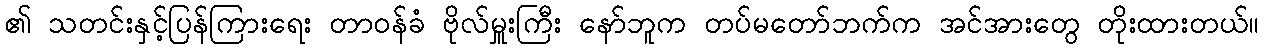
၏ သတင်းနှင့်ပြန်ကြားရေး တာဝန်ခံ ဗိုလ်မှူးကြီး နော်ဘူက တပ်မတော်ဘက်က အင်အားတွေ တိုးထားတယ်။